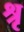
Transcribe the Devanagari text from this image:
श्रृ